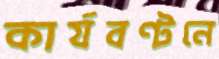
কার্যবণ্টনে